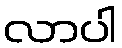
လာပါ